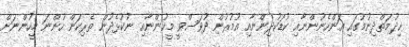
ޚިދުމަތްދިނުމުގައި އަންހެނުންނާއި ކުޑަކުދިންނާއި އުމުރުން ދުވަސްވީ މީހުންނާއި ނުކުޅެދުން ތެރިކަން ހުންނަ މީހުންނަށް